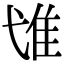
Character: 隿